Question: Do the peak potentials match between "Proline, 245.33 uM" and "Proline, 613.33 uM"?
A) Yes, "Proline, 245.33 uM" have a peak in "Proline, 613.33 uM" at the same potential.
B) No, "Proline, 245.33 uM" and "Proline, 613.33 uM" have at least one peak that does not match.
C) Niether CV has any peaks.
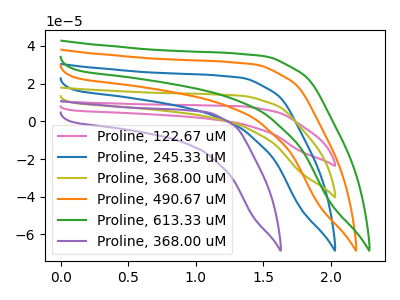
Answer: <think>The pink curve "Proline, 122.67 uM" has no peaks. The blue curve "Proline, 245.33 uM" has no peaks. The olive curve "Proline, 368.00 uM" has no peaks. The orange curve "Proline, 490.67 uM" has no peaks. The green curve "Proline, 613.33 uM" has no peaks. The purple curve "Proline, 368.00 uM" has no peaks.</think>
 <answer>C) Niether CV has any peaks.</answer>
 <eval>C</eval>